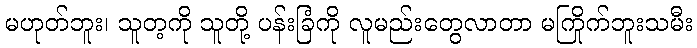
မဟုတ်ဘူး၊ သူတ့ကို သူတို့ ပန်းခြံကို လူမည်းတွေလာတာ မကြိုက်ဘူးသမီး